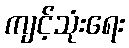
ကျင့်သုံးရေး